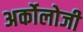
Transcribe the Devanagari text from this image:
अर्कोलोजी